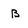
Character: B